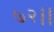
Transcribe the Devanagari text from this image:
७२।।